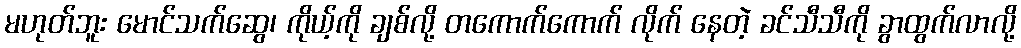
မဟုတ်ဘူး မောင်သက်ဆွေ၊ ကိုယ့်ကို ချစ်လို့ တကောက်ကောက် လိုက် နေတဲ့ ခင်သီသီကို ခွာထွက်လာလို့